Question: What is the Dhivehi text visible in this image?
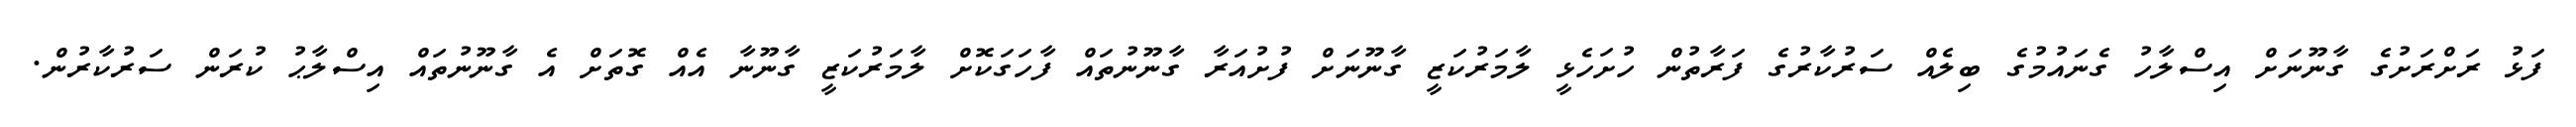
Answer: ފަޅު ރަށްރަށުގެ ގާނޫނަށް އިސްލާހު ގެނައުމުގެ ބިލެއް ސަރުކާރުގެ ފަރާތުން ހުށަހެޅީ ލާމަރުކަޒީ ގާނޫނަށް ފުށުއަރާ ގާނޫނުތައް ފާހަގަކޮށް ލާމަރުކަޒީ ގާނޫނާ އެއް ގޮތަށް އެ ގާނޫނުތައް އިސްލާޙު ކުރަން ސަރުކާރުން.